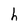
Character: h